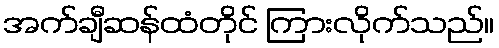
အက်ချီဆန်ထံတိုင် ကြားလိုက်သည်။